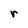
Character: r